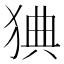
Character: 猠